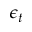
\epsilon _ { t }